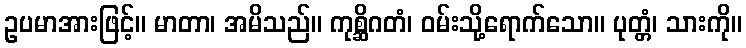
ဥပမာအားဖြင့်။ မာတာ၊ အမိသည်။ ကုစ္ဆိဂတံ၊ ဝမ်းသို့ရောက်သော။ ပုတ္တံ၊ သားကို။